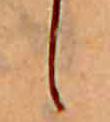
し